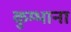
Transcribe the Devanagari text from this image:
कुम्भाना